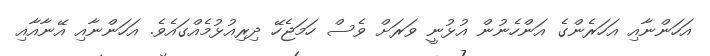
އަހަންނާއި އަހަރެންގެ އަންހެނުން އުޅުނީ ވަރަށް ވެސް ހަމަޖެހޭ ދިރިއުޅުމެއްގައެވެ. އަހަންނާއި އޭނާއާއި